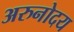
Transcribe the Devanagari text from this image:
अरुनोदय